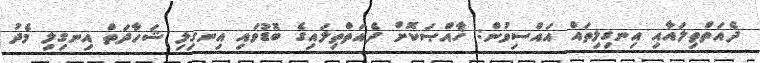
ދެއަތްތިލައާއި އިނގިލިތައް އައްސިވުން: ޚާއްޞަކޮށް ދެއަތްތިލައިގެ ބޮޑުވައި އިނގިލި ޝަހާދަތް އިނގިލި މެދު